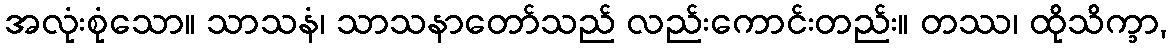
အလုံးစုံသော။ သာသနံ၊ သာသနာတော်သည် လည်းကောင်းတည်း။ တဿ၊ ထိုသိက္ခာ,